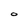
Character: O